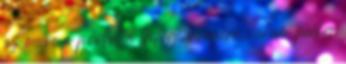
az i-re a pontot a trilógia végére, nekem pedig